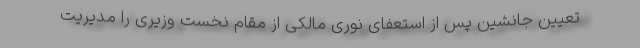
تعیین جانشین پس از استعفای نوری مالکی از مقام نخست وزیری را مدیریت